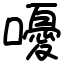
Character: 嚘